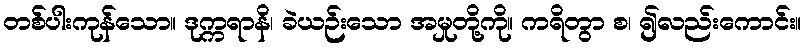
တစ်ပါးကုန်သော။ ဒုက္ကရာနိ၊ ခဲယဉ်းသော အမှုတို့ကို။ ကရိတွာ စ၊ ၍လည်းကောင်း။